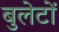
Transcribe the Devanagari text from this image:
बुलेटों